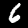
Label: 6